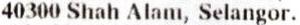
40300 SHAH ALAM, SELANGOR.